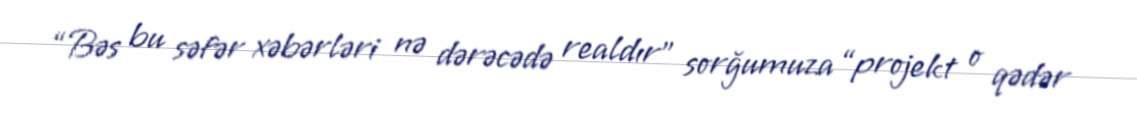
“Bəs bu səfər xəbərləri nə dərəcədə realdır” sorğumuza “projekt o qədər